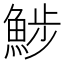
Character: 𩷖